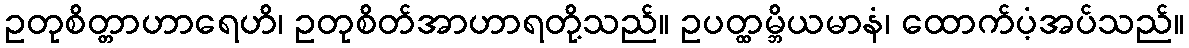
ဥတုစိတ္တာဟာရေဟိ၊ ဥတုစိတ်အာဟာရတို့သည်။ ဥပတ္ထမ္ဘိယမာနံ၊ ထောက်ပံ့အပ်သည်။